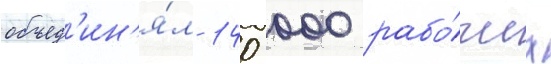
объед'ин'я́л 140 000 рабо́чих